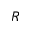
R